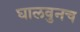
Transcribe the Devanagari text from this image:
घालवुनच